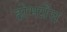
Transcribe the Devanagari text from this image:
होमग्रेंस